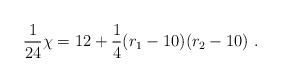
LaTeX: \begin{align*}{1\over 24}\chi=12+{1\over 4}(r_1-10)(r_2-10)~.\end{align*}